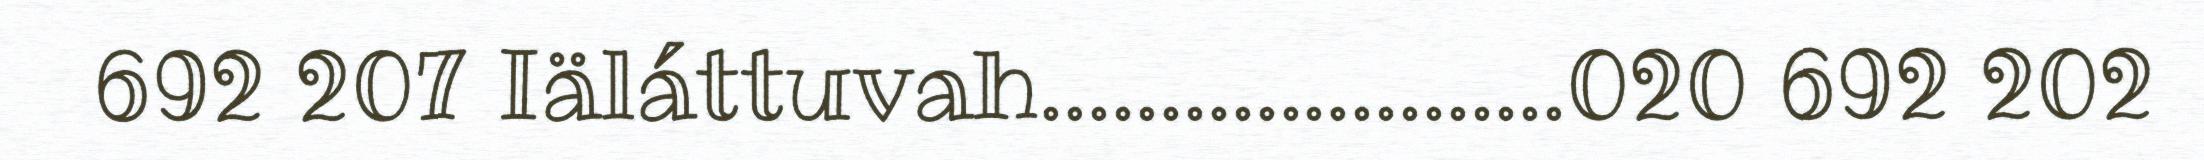
692 207 Iäláttuvah......................020 692 202